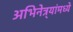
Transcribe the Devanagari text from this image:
अभिनेत्र्यांमध्ये